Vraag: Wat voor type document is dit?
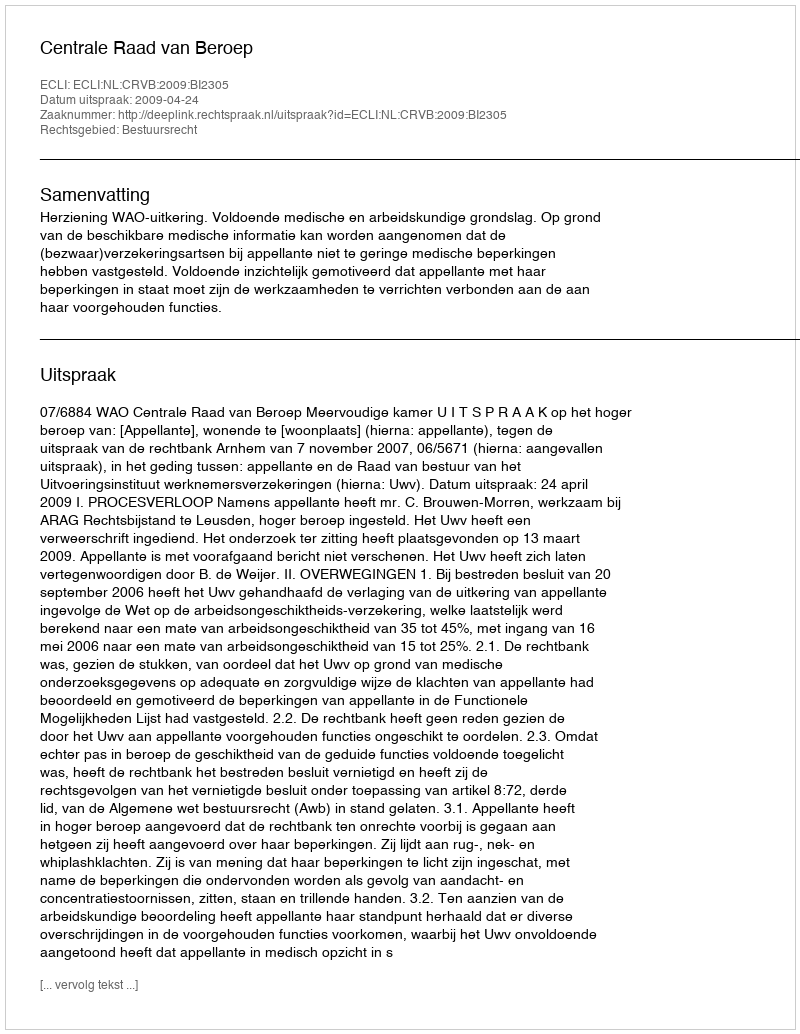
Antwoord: Uitspraak